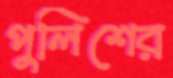
পুলিশের